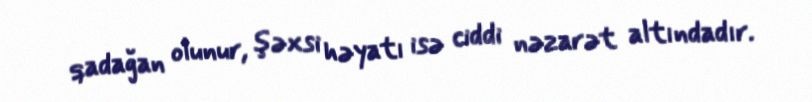
qadağan olunur, şəxsi həyatı isə ciddi nəzarət altındadır.